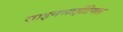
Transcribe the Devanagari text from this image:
साइनसाईटियल